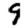
Digit: 9